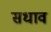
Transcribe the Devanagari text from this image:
सधाव